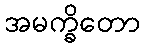
အမက္ခိတော